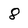
Character: 8